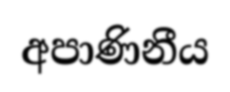
අපාණිනීය